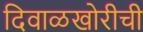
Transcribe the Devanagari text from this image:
दिवाळखोरीची